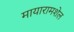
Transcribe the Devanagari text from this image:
मायारामशेल